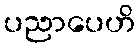
ပညာပေဟိ